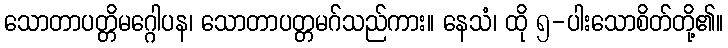
သောတာပတ္တိမဂ္ဂေါပန၊ သောတာပတ္တမဂ်သည်ကား။ နေသံ၊ ထို ၅-ပါးသောစိတ်တို့၏။